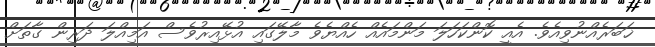
ޚަބަރެއްނުވިއެވެ. އެއީ ކޮންކަހަލަ މަންމައެއް ހެއްޔެވެ މާލޭގައި އުޅޭއިރުވެސް އަމިއްލަ ދަރިން ގާތަށް